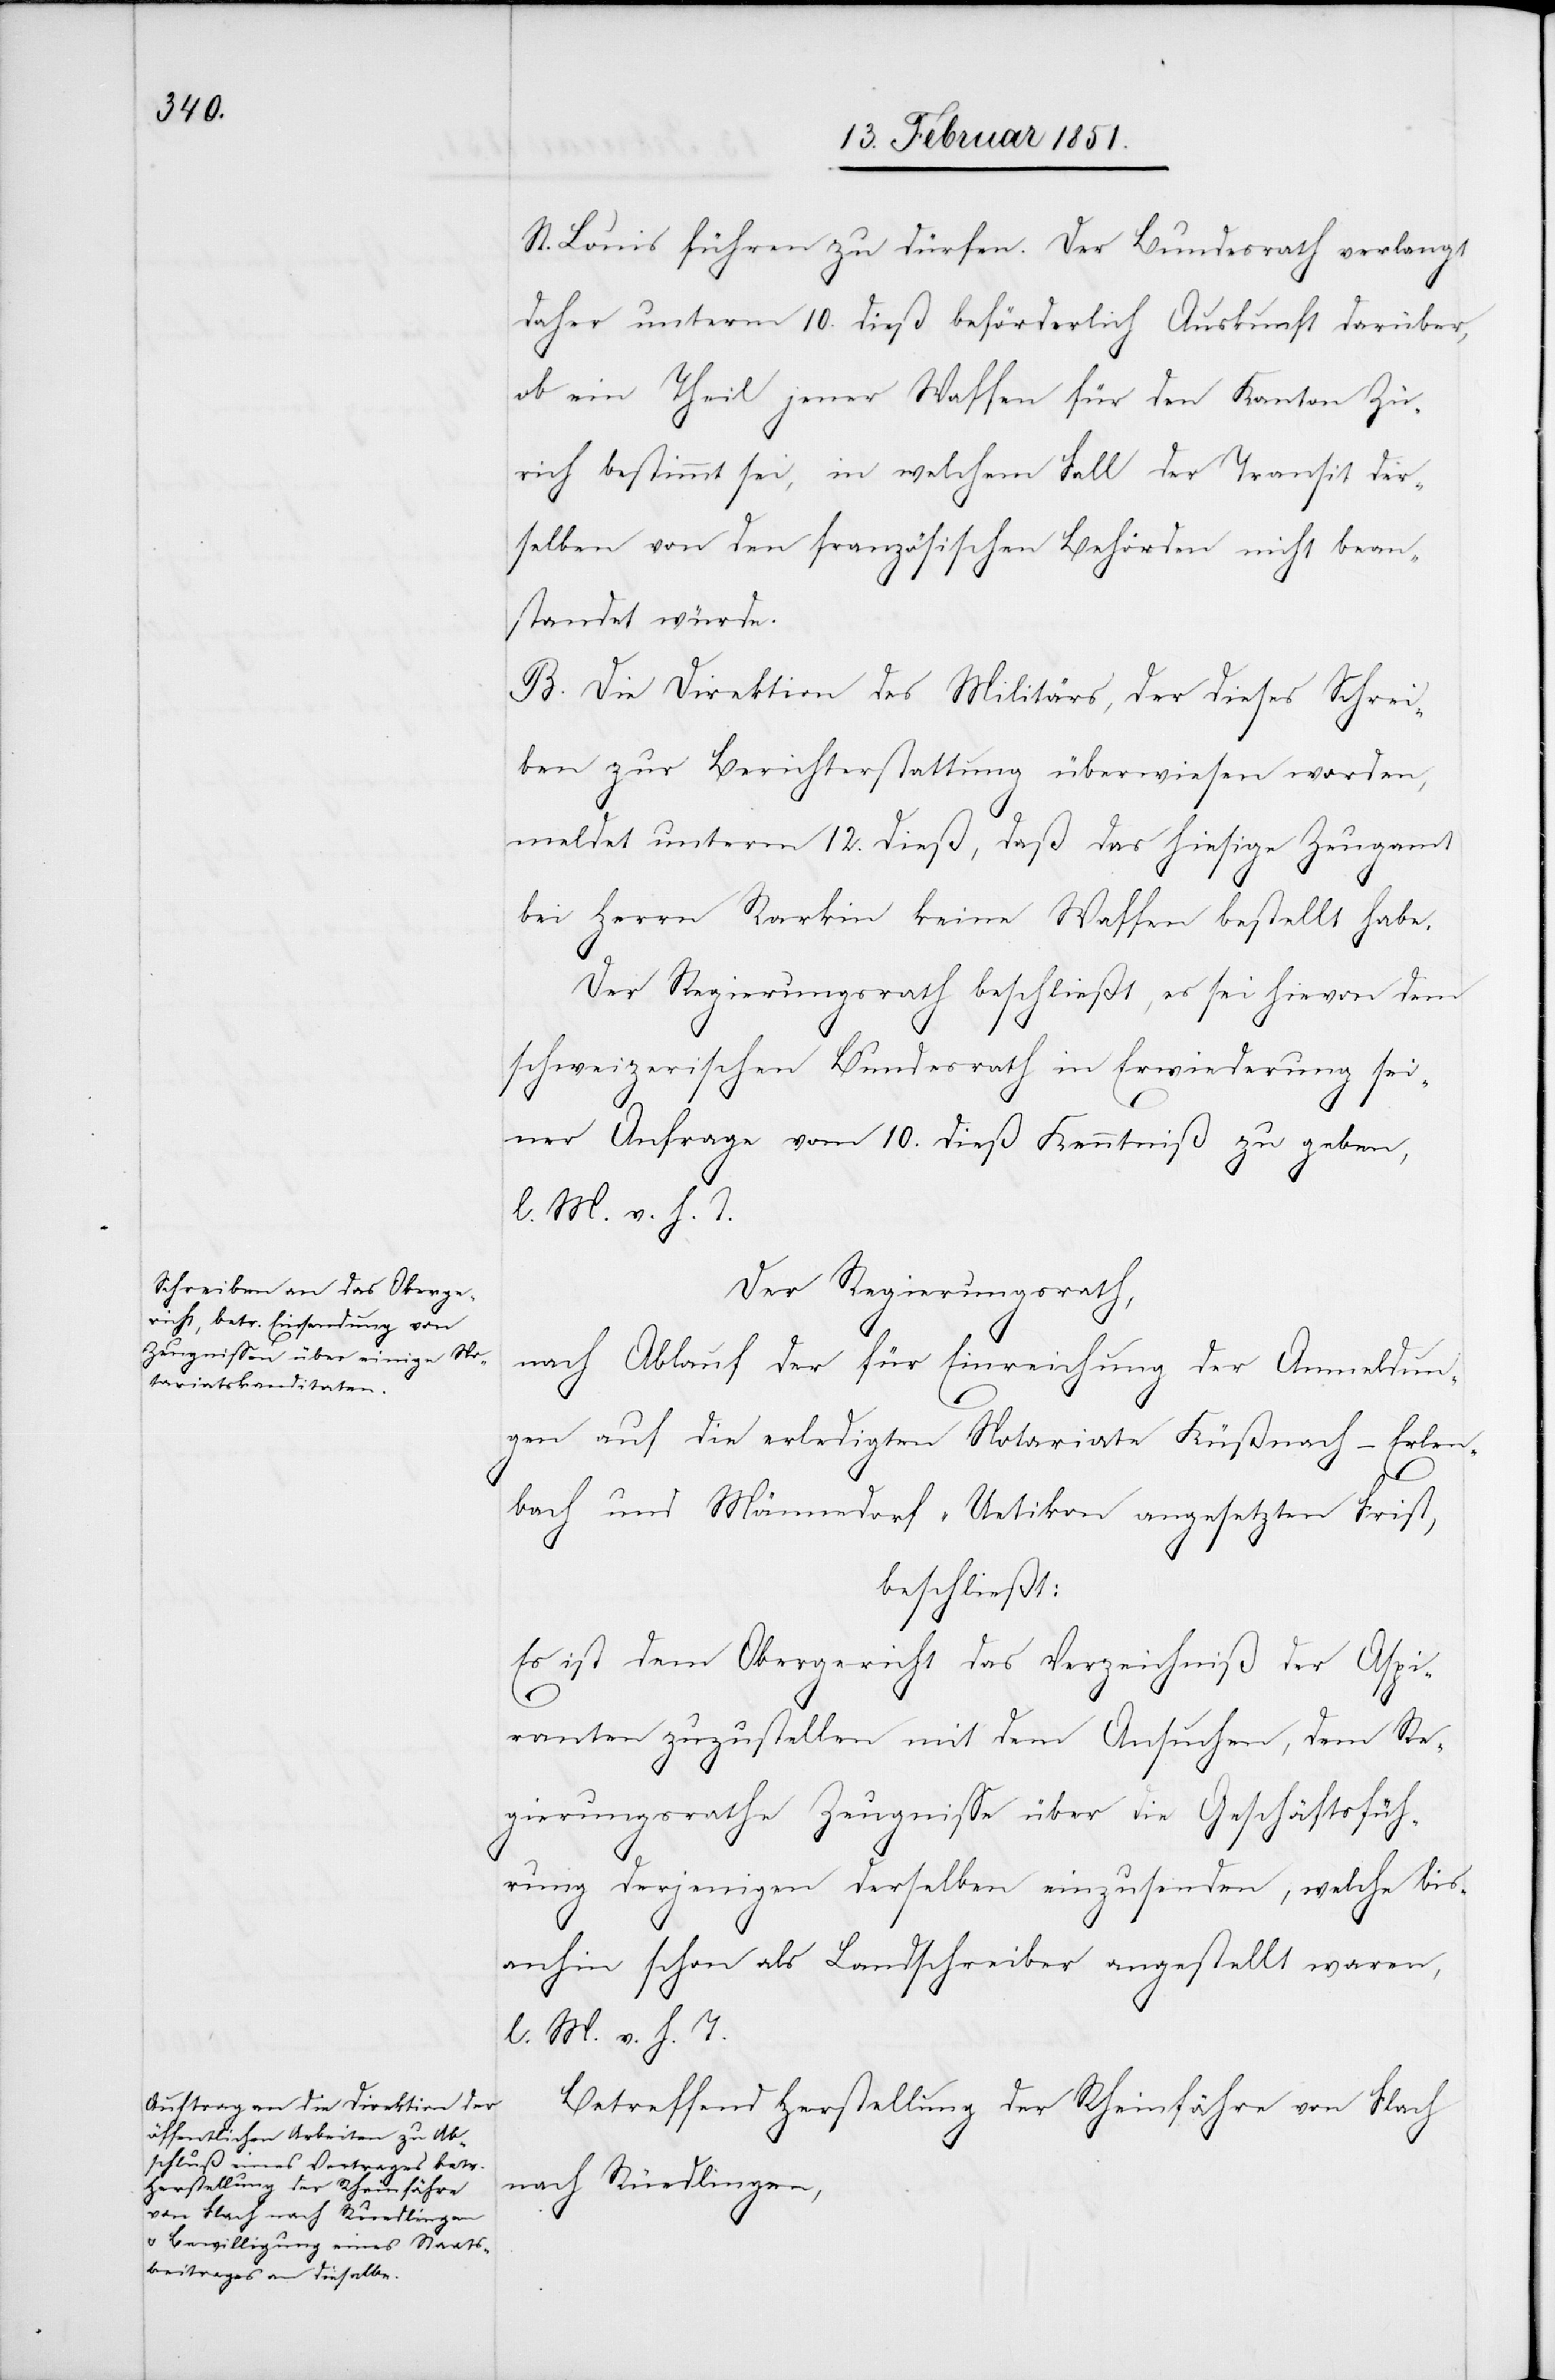
St. Louis führen zu dürfen. Der Bundesrath verlangt
daher unterm 10. dieß beförderlich Auskunft darüber,
ob ein Theil jener Waffen für den Kanton Zü¬
rich bestimmt sei, in welchem Fall der Transit der¬
selben von den französischen Behörden nicht bean¬
standet würde.
B. Die Direktion des Militärs, der dieses Schrei¬
ben zur Berichterstattung überwiesen worden,
meldet unterm 12. dieß, daß das hiesige Zeugamt
bei Herrn Rarkin keine Waffen bestellt habe.
Der Regierungsrath beschließt, es sei hievon dem
schweizerischen Bundesrath in Erwiederung sei¬
ner Anfrage vom 10. dieß Kenntniß zu geben,
l. M. v. h. T.
Der Regierungsrath,
nach Ablauf der für Einreichung der Anmeldun¬
gen auf die erledigten Notariate Küßnach[t]-Erlen¬
bach und Männedorf-Uetikon angesetzten Frist,
beschließt:
Es ist dem Obergericht das Verzeichniß der Aspi¬
ranten zuzustellen mit dem Ansuchen, dem Re¬
gierungsrathe Zeugnisse über die Geschäftsfüh¬
rung derjenigen derselben einzusenden, welche bis¬
anhin schon als Landschreiber angestellt waren,
l. M. v. h. T.
Betreffend Herstellung der Rheinfähre von Flach
nach Rüedlingen,